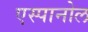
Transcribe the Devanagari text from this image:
एस्‍पानोल